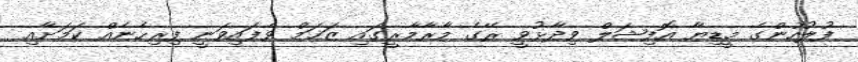
ފުލުހުންގެ މީޑިޔާ އޮފިޝަލް ވިދާޅުވީ ރޭގެ މާރާމާރީގައި ޒަޚަމް ވެފައިވަނީ ފިރިހެނެއް ކަމަށާއި